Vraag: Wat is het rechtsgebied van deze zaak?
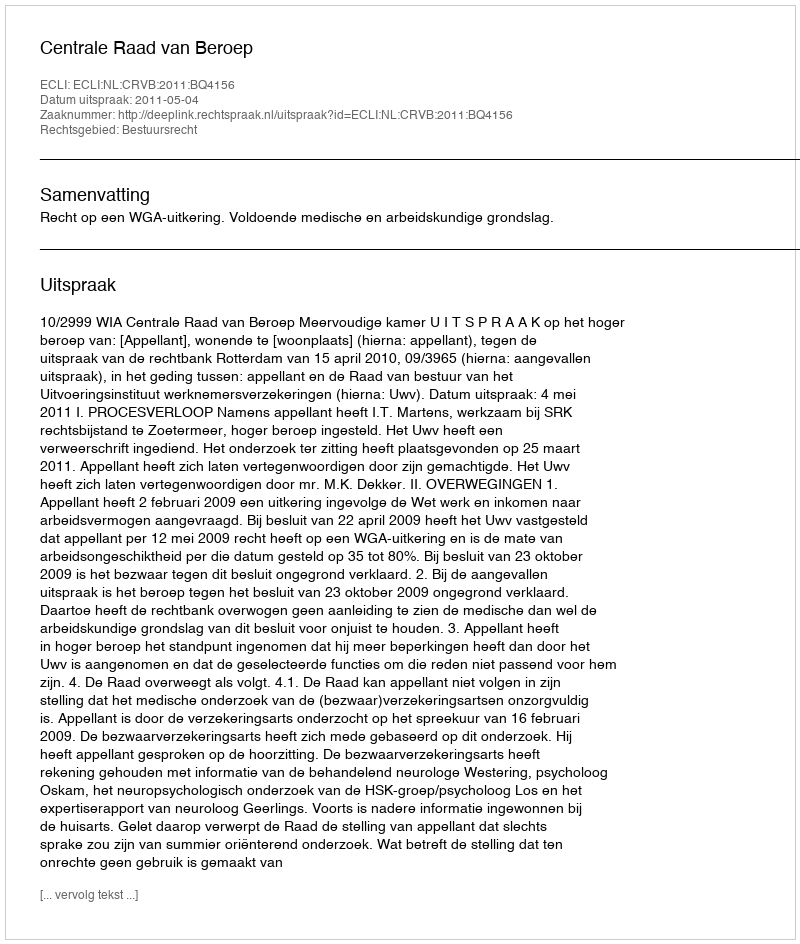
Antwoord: Bestuursrecht